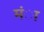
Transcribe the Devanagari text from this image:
मंा